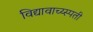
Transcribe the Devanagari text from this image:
विद्यावाच्य्स्पती